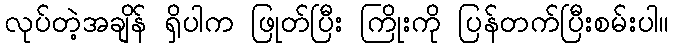
လုပ်တဲ့အချိန် ရှိပါက ဖြုတ်ပြီး ကြိုးကို ပြန်တက်ပြီးစမ်းပါ။